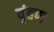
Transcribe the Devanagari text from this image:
वृंहण